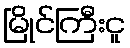
မြိုင်ကြီးငူ